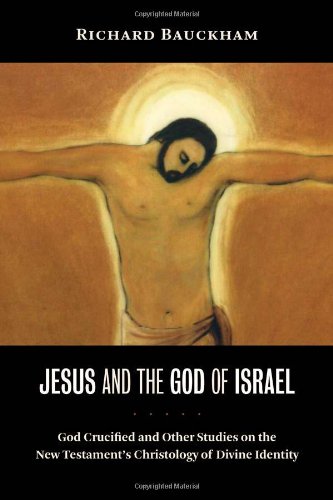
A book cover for Jesus and the God of Israel: God Crucified and Other Studies on the New Testament's Christology of Divine Identity; Richard Bauckham; Christian Books & Bibles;